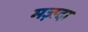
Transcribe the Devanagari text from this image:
मज़दा